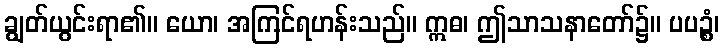
ချွတ်ယွင်းရာ၏။ ယော၊ အကြင်ရဟန်းသည်။ ဣဓ၊ ဤသာသနာတော်၌။ ပပဉ္စံ၊